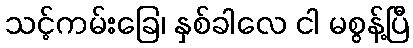
သင့်ကမ်းခြေ၊ နှစ်ခါလေ ငါ မစွန့်ပြီ